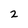
Character: 2